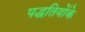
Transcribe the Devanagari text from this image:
पद्धतियोंके